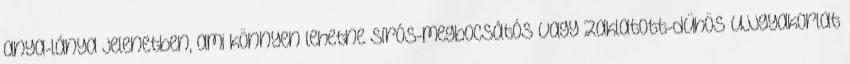
anya-lánya jelenetben, ami könnyen lehetne sírós-megbocsátós vagy zaklatott-dühös ujjgyakorlat